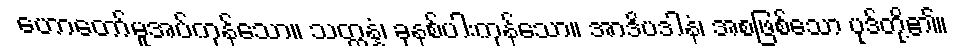
ဟောတော်မူအပ်ကုန်သော။ သတ္တန္နံ၊ ခုနစ်ပါးကုန်သော။ အာဒိပဒါနံ၊ အစဖြစ်သော ပုဒ်တို့၏။